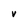
Character: V